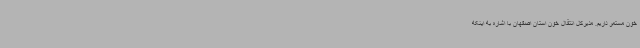
خون مستمر داریم. مدیرکل انتقال خون استان اصفهان با اشاره به اینکه